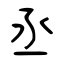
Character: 丞